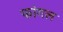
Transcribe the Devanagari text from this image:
फांगल